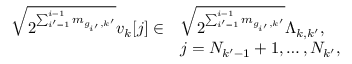
\begin{array} { r l } { \sqrt { 2 ^ { \sum _ { i ^ { \prime } = 1 } ^ { i - 1 } m _ { g _ { i ^ { \prime } } , k ^ { \prime } } } } v _ { k } [ j ] \in } & { \sqrt { 2 ^ { \sum _ { i ^ { \prime } = 1 } ^ { i - 1 } m _ { g _ { i ^ { \prime } } , k ^ { \prime } } } } \Lambda _ { k , k ^ { \prime } } , } \\ & { j = N _ { k ^ { \prime } - 1 } + 1 , \ldots , N _ { k ^ { \prime } } , } \end{array}